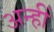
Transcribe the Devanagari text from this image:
अन्हीं